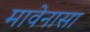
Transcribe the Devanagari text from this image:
मावेनासा